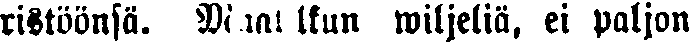
ristöönsä. Maatilkun wiljeliä, ei paljon